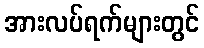
အားလပ်ရက်များတွင်